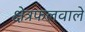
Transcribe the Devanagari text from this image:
क्षेत्रफलवाले